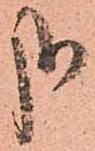
哉